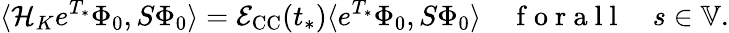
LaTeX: \langle\mathcal{H}_{K}e^{T_{*}}\Phi_{0},S\Phi_{0}\rangle=\mathcal{E}_{\mathrm{CC}}(t_{*})\langle e^{T_{*}}\Phi_{0},S\Phi_{0}\rangle\quad\mathrm{~f~o~r~a~l~l~}\quad s\in\mathbb{V}.